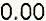
0.00